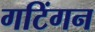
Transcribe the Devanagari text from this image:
गटिंगन